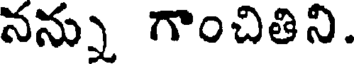
నన్ను గొంచితిని.